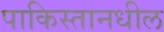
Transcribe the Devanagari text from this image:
पाकिस्तानधील